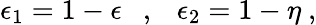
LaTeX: \epsilon_{1}=1-\epsilon~~~,~~~\epsilon_{2}=1-\eta~,